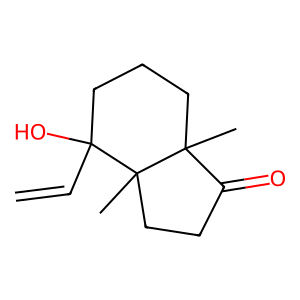
SMILES: C=CC1(O)CCCC2(C)C(=O)CCC12C
Inhibits HIV replication: No